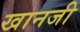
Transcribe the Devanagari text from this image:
खानजी